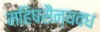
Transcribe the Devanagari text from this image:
महिषसैन्यवध